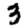
Digit: 3